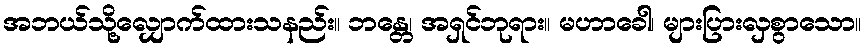
အဘယ်သို့လျှောက်ထားသနည်း။ ဘန္တေ၊ အရှင်ဘုရား။ မဟာခေါ၊ များပြားလှစွာသော။